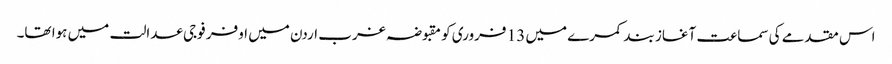
اس مقدمے کی سماعت آغاز بند کمرے میں 13 فروری کو مقبوضہ غرب اردن میں اوفر فوجی عدالت میں ہوا تھا۔